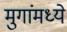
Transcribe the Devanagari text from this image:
मुगांमध्ये